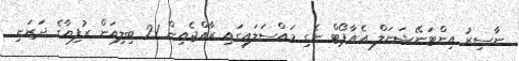
ނާސިރު އިންޓަނޭޝަނަލް އެއާޕޯޓް ނެގި މައްސަލައިގައި ރާއްޖެއިން 21 ބިލިއަން ރުފިޔާގެ ދަރަނި